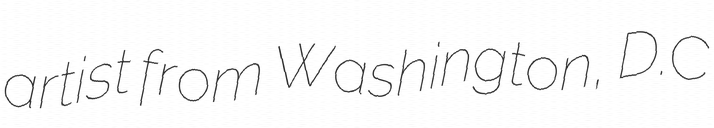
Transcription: artist from Washington, D.C